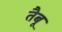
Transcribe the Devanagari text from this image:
तैबू